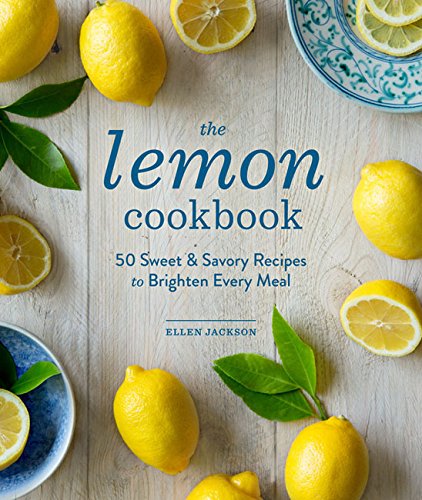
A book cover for The Lemon Cookbook: 50 Sweet & Savory Recipes to Brighten Every Meal; Ellen Jackson; Cookbooks, Food & Wine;